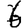
Digit: 6